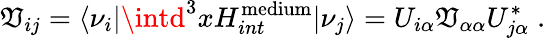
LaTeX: \mathfrak{V}_{ij}={\langle\nu_{i}|}\intd^{3}x{H_{int}^{\mathrm{{medium}}}}{|\nu_{j}\rangle}=U_{i\alpha}\mathfrak{V}_{\alpha\alpha}U_{j\alpha}^{*}\; .